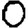
Digit: 0